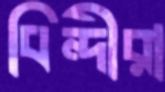
বিন্দীরা